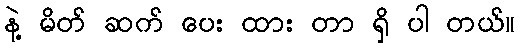
နဲ့ မိတ် ဆက် ပေး ထား တာ ရှိ ပါ တယ်။